Scottish Leaving Certificate Examination, 1953
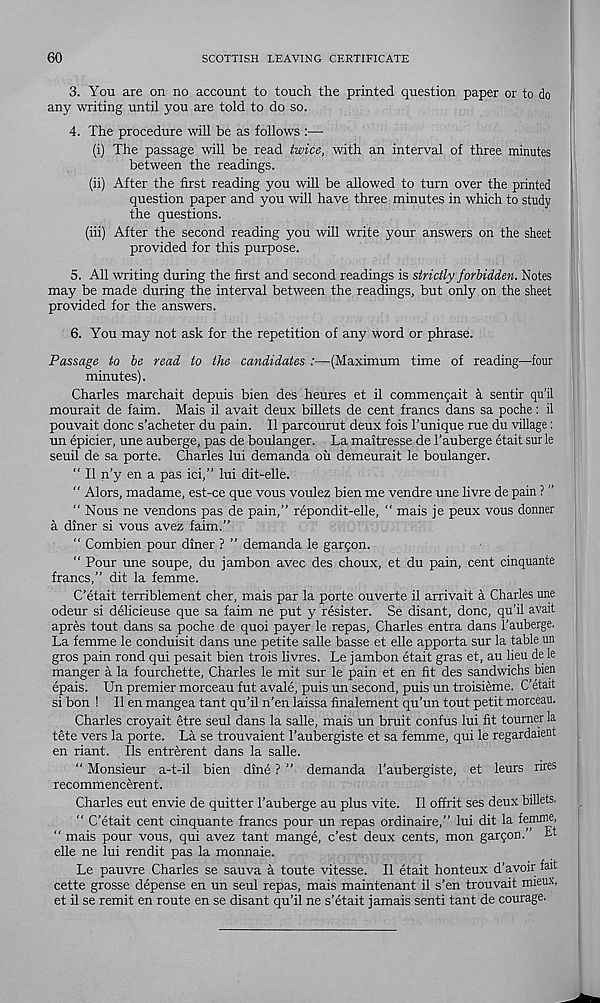
60
SCOTTISH LEAVING CERTIFICATE
3. You are on no account to touch the printed question paper or to do
any writing until you are told to do so.
4. The procedure will be as follows —■
(i) The passage will be read twice, with an interval of three minutes
between the readings.
(ii) After the first reading you will be allowed to turn over the printed
question paper and you will have three minutes in which to study
the questions.
(hi) After the second reading you will write your answers on the sheet
provided for this purpose.
5. All writing during the first and second readings is strictly forbidden. Notes
may be made during the interval between the readings, but only on the sheet
provided for the answers.
6. You may not ask for the repetition of any word or phrase.
Passage to be read to the candidates :—(Maximum time of reading—four
minutes).
Charles marchait depuis bien des heures et il commen^ait a sentir qu’il
mourait de faim. Mais il avait deux billets de cent francs dans sa poche: il
pouvait done s’acheter du pain. Il parcourut deux fois I’unique rue du village:
un epicier, une auberge, pas de boulanger. La maitresse de 1’auberge etait sur le
seuil de sa porte. Charles lui demanda oil demeurait le boulanger.
" Il n'y en a pas ici,” lui dit-elle.
" Alors, madame, est-ce que vous voulez bien me vendre une livre de pain ? ”
" Nous ne vendons pas de pain,” repondit-elle, “ mais je peux vous donner
a diner si vous avez faim.”
“ Combien pour diner ? ” demanda le garqon.
“ Pour une soupe, du jambon avec des choux, et du pain, cent cinquante
francs,” dit la femme.
C’etait terriblement cher, mais par la porte ouverte il arrivait a Charles une
odeur si delicieuse que sa faim ne put y resister. Se disant, done, qu’il avait
apres tout dans sa poche de quoi payer le repas, Charles entra dans I’auberge.
La femme le conduisit dans une petite salle basse et elle apporta sur la table un
gros pain rond qui pesait bien trois livres. Le jambon etait gras et, au lieu de le
manger a la fourchette, Charles le mit sur le pain et en fit des sandwichs bien
epais. Un premier morceau fut avale, puis un second, puis un troisieme. C’etait
si bon ! Il en mangea tant qu’il n’en laissa finalement qu’un tout petit morceau.
Charles croyait etre seul dans la salle, mais un bruit confus lui fit tourner la
tete vers la porte. La se trouvaient 1’aubergiste et sa femme, qui le regardaient
en riant. Ils entrerent dans la salle.
“ Monsieur a-t-il bien dine ? ” demanda 1’aubergiste, et leurs nres
recommenceren t.
Charles eut envie de quitter 1’auberge au plus vite. Il offrit ses deux billets.
" C’etait cent cinquante francs pour un repas ordinaire,” lui dit la femme,
“ mais pour vous, qui avez tant mange, e’est deux cents, mon garqon.” Ef
elle ne lui rendit pas la monnaie.
Le pauvre Charles se sauva a toute vitesse. Il etait honteux d’avoir fait
cette grosse depense en un seul repas, mais maintenant il s’en trouvait mieux,
et il se remit en route en se disant qu’il ne s’etait jamais senti tant de courage.